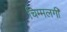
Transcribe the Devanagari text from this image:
चिम्मलगी